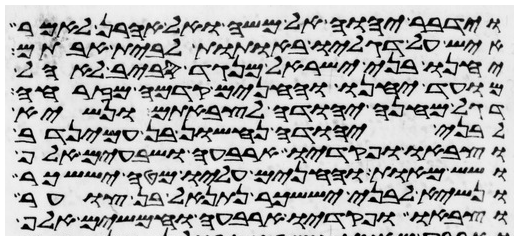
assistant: וידבר יהוה אל משה ואל אהרן לאמר
איש על דגליו באתות לבית אבותם
יחנו בני ישראל מנגד סביב לאהל
מועד יחנו והחנים קדמה מזרחה
דגל מחנה יהודה לצבאתם ונשיא
לבני יהודה נחשון בן עמינדב
וצבאו ופקדיו ארבעה ושבעים אלף
ושש מאות והחנים עליו מטה יששכר
ונשיא לבני יששכר נתנאל בן צוער
וצבאו ופקדיו ארבעה וחמשים אלף